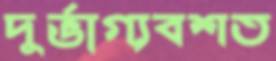
দুর্ভাগ্যবশত